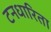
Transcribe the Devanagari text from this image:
टनधारिता